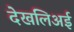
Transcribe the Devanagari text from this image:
देखलिअई